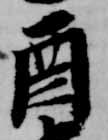
酉